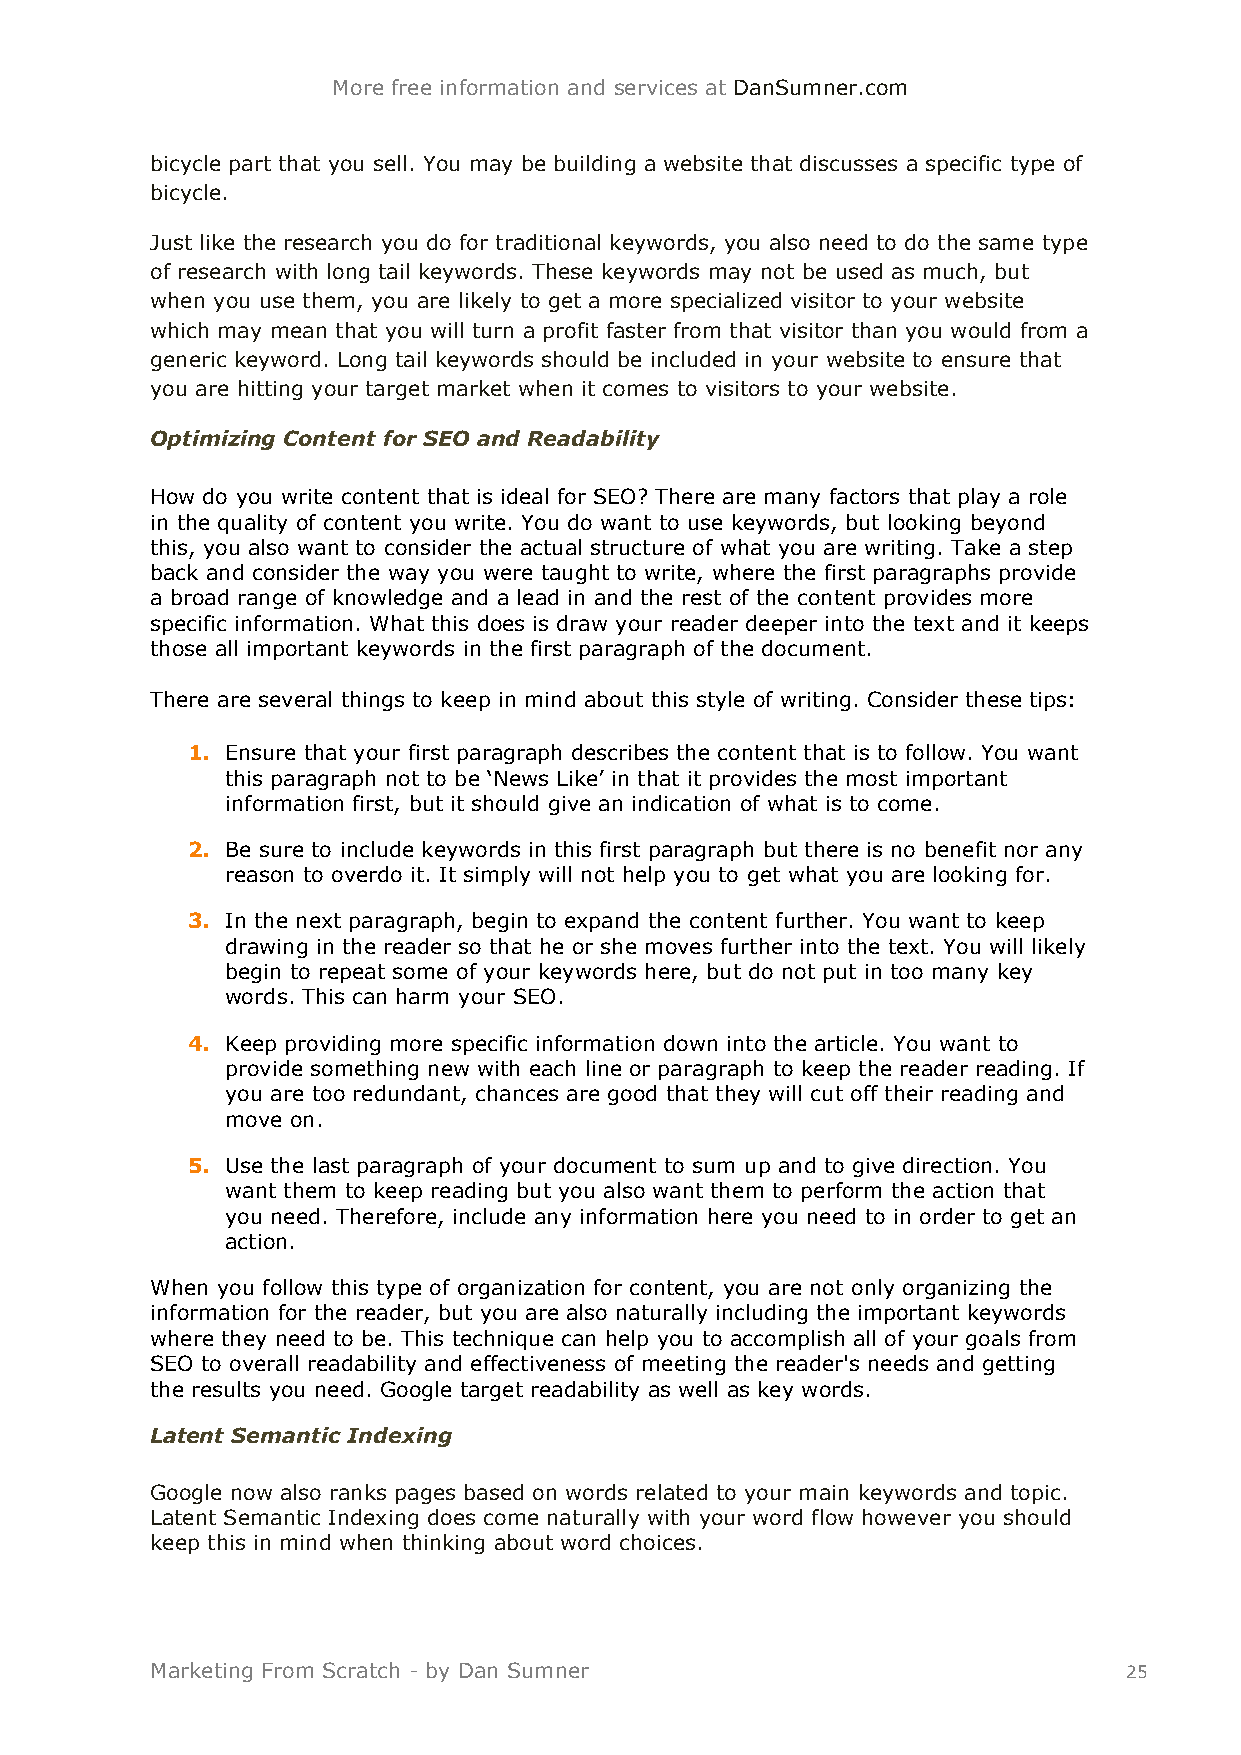
More free information and services at DanSumner.com
 bicycle part that you sell. You may be building a website that discusses a specific type of
 bicycle.
 Just like the research you do for traditional keywords, you also need to do the same type
 of research with long tail keywords. These keywords may not be used as much, but
 when you use them, you are likely to get a more specialized visitor to your website
 which may mean that you will turn a profit faster from that visitor than you would from a
 generic keyword. Long tail keywords should be included in your website to ensure that
 you are hitting your target market when it comes to visitors to your website.
 Optimizing Content for SEO and Readability
 How do you write content that is ideal for SEO? There are many factors that play a role
 in the quality of content you write. You do want to use keywords, but looking beyond
 this, you also want to consider the actual structure of what you are writing. Take a step
 back and consider the way you were taught to write, where the first paragraphs provide
 a broad range of knowledge and a lead in and the rest of the content provides more
 specific information. What this does is draw your reader deeper into the text and it keeps
 those all important keywords in the first paragraph of the document.
 There are several things to keep in mind about this style of writing. Consider these tips:
 1. Ensure that your first paragraph describes the content that is to follow. You want
 this paragraph not to be ‘News Like’ in that it provides the most important
 information first, but it should give an indication of what is to come.
 2. Be sure to include keywords in this first paragraph but there is no benefit nor any
 reason to overdo it. It simply will not help you to get what you are looking for.
 3. In the next paragraph, begin to expand the content further. You want to keep
 drawing in the reader so that he or she moves further into the text. You will likely
 begin to repeat some of your keywords here, but do not put in too many key
 words. This can harm your SEO.
 4. Keep providing more specific information down into the article. You want to
 provide something new with each line or paragraph to keep the reader reading. If
 you are too redundant, chances are good that they will cut off their reading and
 move on.
 5. Use the last paragraph of your document to sum up and to give direction. You
 want them to keep reading but you also want them to perform the action that
 you need. Therefore, include any information here you need to in order to get an
 action.
 When you follow this type of organization for content, you are not only organizing the
 information for the reader, but you are also naturally including the important keywords
 where they need to be. This technique can help you to accomplish all of your goals from
 SEO to overall readability and effectiveness of meeting the reader's needs and getting
 the results you need. Google target readability as well as key words.
 Latent Semantic Indexing
 Google now also ranks pages based on words related to your main keywords and topic.
 Latent Semantic Indexing does come naturally with your word flow however you should
 keep this in mind when thinking about word choices.
 Marketing From Scratch - by Dan Sumner                          25